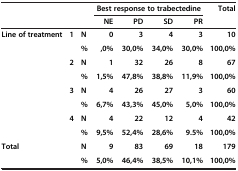
<table><thead><tr><td colspan="3"><b> </b></td><td colspan="4"><b>Best response to trabectedine</b></td><td rowspan="2"><b>Total</b></td></tr><tr><td><b> </b></td><td><b> </b></td><td><b> </b></td><td><b>NE</b></td><td><b>PD</b></td><td><b>SD</b></td><td><b>PR</b></td></tr></thead><tbody><tr><td><b>Line of treatment</b></td><td><b>1</b></td><td><b>N</b></td><td><b>0</b></td><td><b>3</b></td><td><b>4</b></td><td><b>3</b></td><td><b>10</b></td></tr><tr><td> </td><td> </td><td><b>%</b></td><td><b>,0%</b></td><td><b>30,0%</b></td><td><b>34,0%</b></td><td><b>30,0%</b></td><td><b>100,0%</b></td></tr><tr><td> </td><td><b>2</b></td><td><b>N</b></td><td><b>1</b></td><td><b>32</b></td><td><b>26</b></td><td><b>8</b></td><td><b>67</b></td></tr><tr><td> </td><td> </td><td><b>%</b></td><td><b>1,5%</b></td><td><b>47,8%</b></td><td><b>38,8%</b></td><td><b>11,9%</b></td><td><b>100,0%</b></td></tr><tr><td> </td><td><b>3</b></td><td><b>N</b></td><td><b>4</b></td><td><b>26</b></td><td><b>27</b></td><td><b>3</b></td><td><b>60</b></td></tr><tr><td> </td><td> </td><td><b>%</b></td><td><b>6,7%</b></td><td><b>43,3%</b></td><td><b>45,0%</b></td><td><b>5,0%</b></td><td><b>100,0%</b></td></tr><tr><td> </td><td><b>4</b></td><td><b>N</b></td><td><b>4</b></td><td><b>22</b></td><td><b>12</b></td><td><b>4</b></td><td><b>42</b></td></tr><tr><td> </td><td> </td><td><b>%</b></td><td><b>9,5%</b></td><td><b>52,4%</b></td><td><b>28,6%</b></td><td><b>9.5%</b></td><td><b>100,0%</b></td></tr><tr><td colspan="2"><b>Total</b></td><td><b>N</b></td><td><b>9</b></td><td><b>83</b></td><td><b>69</b></td><td><b>18</b></td><td><b>179</b></td></tr><tr><td> </td><td> </td><td><b>%</b></td><td><b>5,0%</b></td><td><b>46,4%</b></td><td><b>38,5%</b></td><td><b>10,1%</b></td><td><b>100,0%</b></td></tr></tbody></table>